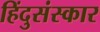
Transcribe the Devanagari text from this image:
हिंदुसंस्कार